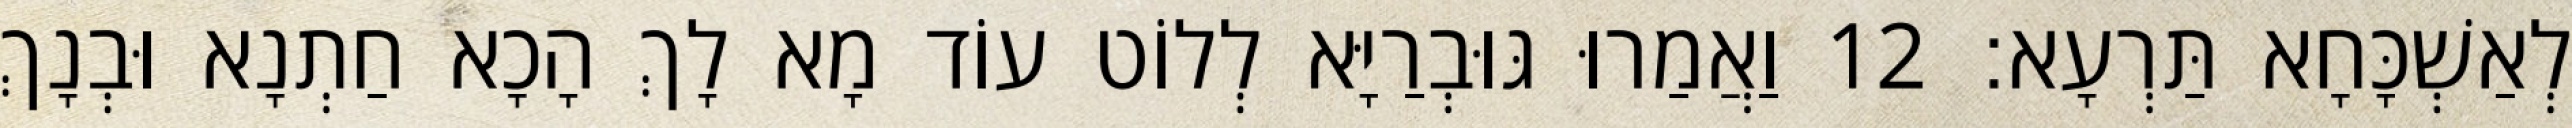
לְאַשְׁכָּחָא תַּרְעָא׃ 12 וַאֲמַרוּ גּוּבְרַיָּא לְלוֹט עוֹד מָא לָךְ הָכָא חַתְנָא וּבְנָךְ